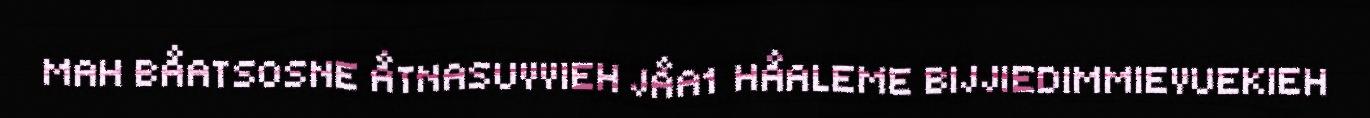
MAH BÅATSOSNE ÅTNASUVVIEH JÅA1 HÅALEME BIJJIEDIMMIEVUEKIEH